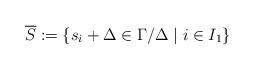
LaTeX: \begin{align*}\overline S:=\{s_i+\Delta\in\Gamma/\Delta\mid i\in I_1\}\end{align*}